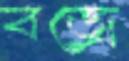
বজ্রে